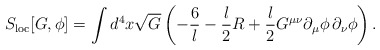
\begin{align*}S_{{\rm loc}}[G,\phi]=\int d^4x\sqrt{G}\left( -\frac{6}{l}-{l\over 2}R +{l\over 2}G^{\mu\nu}\partial_{\mu}\phi\,\partial_{\nu}\phi\right).\end{align*}